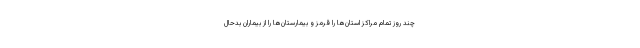
چند روز تمام مراکز استان‌ها را قرمز و بیمارستان‌ها را از بیماران بدحال